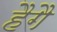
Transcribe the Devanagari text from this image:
हैगै